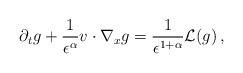
LaTeX: \begin{align*}\partial_t g + \frac{1}{\epsilon^\alpha} v\cdot\nabla_x g=\frac{1}{\epsilon^{1+\alpha}} \mathcal L(g)\,, \end{align*}